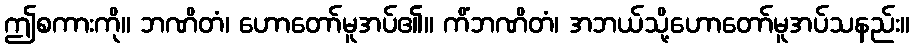
ဤစကားကို။ ဘဏိတံ၊ ဟောတော်မူအပ်၏။ ကိံဘဏိတံ၊ အဘယ်သို့ဟောတော်မူအပ်သနည်း။